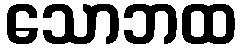
သောဘထ